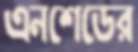
এনশেডের